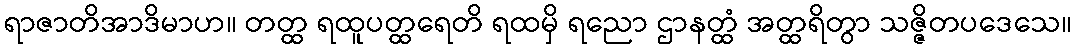
ရာဇာတိအာဒိမာဟ။ တတ္ထ ရထူပတ္ထရေတိ ရထမှိ ရညော ဌာနတ္ထံ အတ္ထရိတွာ သဇ္ဇိတပဒေသေ။